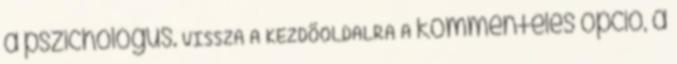
a pszichológus. VISSZA A KEZDŐOLDALRA A kommentelés opció, a